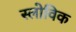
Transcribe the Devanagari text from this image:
स्लोविक